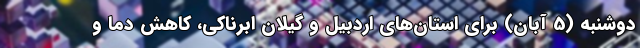
دوشنبه (5 آبان) برای استان‌های اردبیل و گیلان ابرناکی، کاهش دما و